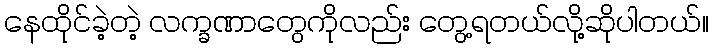
နေထိုင်ခဲ့တဲ့ လက္ခဏာတွေကိုလည်း တွေ့ရတယ်လို့ဆိုပါတယ်။